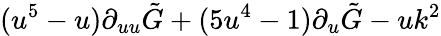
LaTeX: (u^{5}-u)\partial_{uu}\tilde{G}+(5u^{4}-1)\partial_{u}\tilde{G}-uk^{2}